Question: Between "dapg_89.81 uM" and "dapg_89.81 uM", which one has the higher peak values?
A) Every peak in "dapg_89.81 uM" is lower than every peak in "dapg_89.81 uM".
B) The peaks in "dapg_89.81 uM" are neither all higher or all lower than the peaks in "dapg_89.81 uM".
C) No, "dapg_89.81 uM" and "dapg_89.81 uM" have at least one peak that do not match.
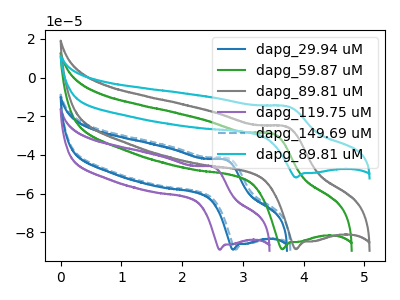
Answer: <think>The blue curve "dapg_29.94 uM" has an anodic peak at (2.70V, -42.60uA) and a cathodic peak at (2.85V, -89.00uA). The green curve "dapg_59.87 uM" has an anodic peak at (3.50V, -29.15uA) and a cathodic peak at (3.65V, -88.85uA). The gray curve "dapg_89.81 uM" has an anodic peak at (3.70V, -25.45uA) and a cathodic peak at (3.90V, -88.80uA). The purple curve "dapg_119.75 uM" has an anodic peak at (2.50V, -46.25uA) and a cathodic peak at (2.60V, -89.05uA). The blue dashed curve "dapg_149.69 uM" has an anodic peak at (2.75V, -41.90uA) and a cathodic peak at (2.90V, -89.00uA). The cyan curve "dapg_89.81 uM" has an anodic peak at (3.70V, -14.85uA) and a cathodic peak at (3.90V, -51.70uA).</think>
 <answer>B) The peaks in "dapg_89.81 uM" are neither all higher or all lower than the peaks in "dapg_89.81 uM".</answer>
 <eval>B</eval>